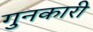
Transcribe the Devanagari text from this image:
गुनकारी